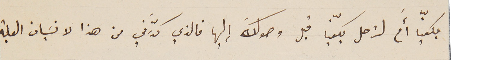
بكفيّا أَم لترحل بكفيّا قبل وصولكَ إليها فالذي كدَّرني من هذا لا نسَيان العلبة